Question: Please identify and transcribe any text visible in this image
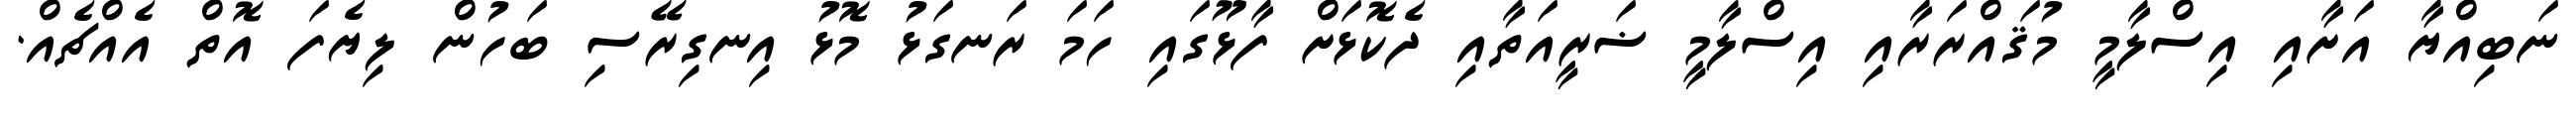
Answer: ނަބިއްޔާ އަށާއި އިސްލާމީ މުޤައްރަރާއި އިސްލާމީ ޟަރީއަތާއި ދެކޮޅަށް ފާޅޫގައި ހަމަ ރަނގަޅު މޮޅު އިނގިރޭސި ބަހުން ލިޔެފަ އޮތް އެއްޗެއް.